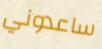
ساعدوني